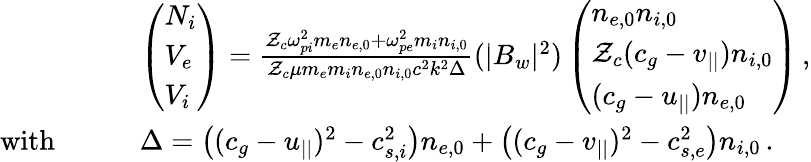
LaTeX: \begin{array}{rl}&{\left(\begin{array}{l}{N_{i}}\\ {V_{e}}\\ {V_{i}}\end{array}\right)=\frac{\mathcal{Z}_{c}\omega_{pi}^{2}m_{e}n_{e,0}+\omega_{pe}^{2}m_{i}n_{i,0}}{\mathcal{Z}_{c}\mu m_{e}m_{i}n_{e,0}n_{i,0}c^{2}k^{2}\Delta}(|B_{w}|^{2})\left(\begin{array}{l}{n_{e,0}n_{i,0}}\\ {\mathcal{Z}_{c}(c_{g}-v_{||})n_{i,0}}\\ {(c_{g}-u_{||})n_{e,0}}\end{array}\right)\, ,}\\ {\mathrm{with}\qquad}&{\Delta=\big((c_{g}-u_{||})^{2}-c_{s,i}^{2}\big)n_{e,0}+\big((c_{g}-v_{||})^{2}-c_{s,e}^{2}\big)n_{i,0}\, .}\end{array}